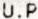
U.P